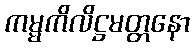
ကမ္မကိလိဋ္ဌမတ္တနော